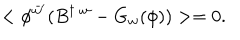
< \phi ^ { \bar { w } ^ { \prime } } ( B ^ { \dagger \; w } - G _ { w } ( \phi ) ) > = 0 .